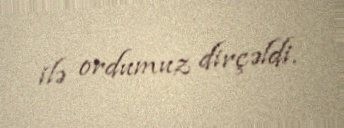
ilə ordumuz dirçəldi.